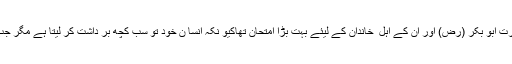
بنو مصطلق کی مہم سے واپسی پر یہ واقعہ پیش آیا جو کہ حضرت ابو بکر (رض) اور ان کے اہل ِ خاندان کے لیئے بہت بڑا امتحان تھاکیو نکہ انسا ن خود تو سب کچھ بر داشت کر لیتا ہے مگر جب اولا د کو مشکل میں دیکھتا ہے تو پھر برداشت نہیں کر پا تا ۔